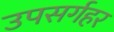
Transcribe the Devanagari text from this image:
उपसर्गहर